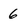
Character: 6